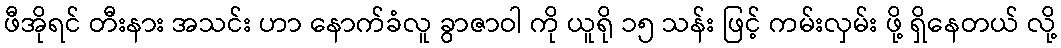
ဖီအိုရင် တီးနား အသင်း ဟာ နောက်ခံလူ ခွာဇာဝါ ကို ယူရို ၁၅ သန်း ဖြင့် ကမ်းလှမ်း ဖို့ ရှိနေတယ် လို့